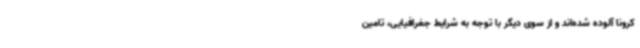
کرونا آلوده شده‌اند و از سوی دیگر با توجه به شرایط جغرافیایی، تامین